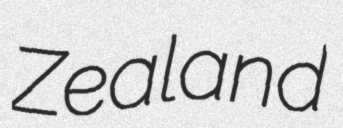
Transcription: Zealand